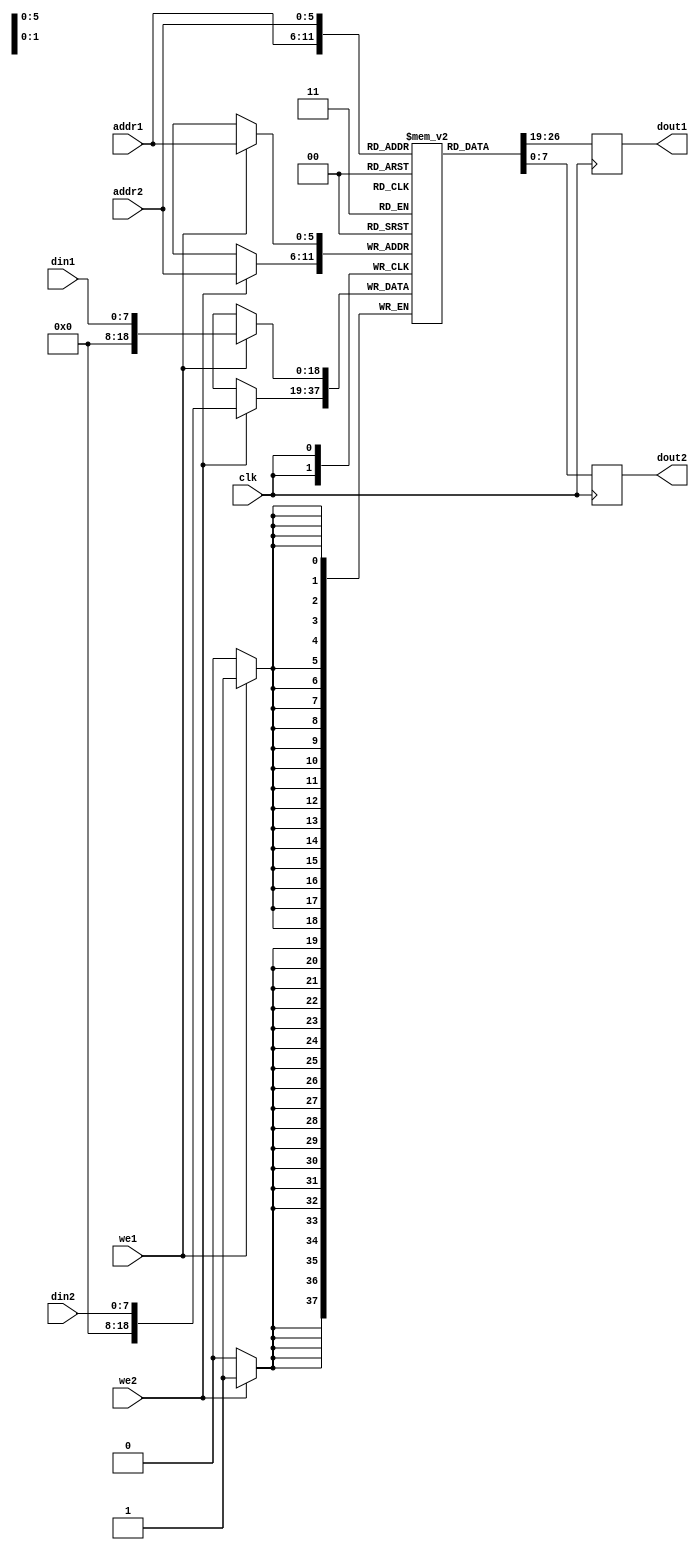
module dual_port1_RAM
#(
    parameter file = "", parameter size = 8
)
(
    input wire clk,
    input wire we1, we2,
    input wire [5:0] addr1, addr2,
    input wire [size-1:0] din1, din2,
    output reg signed [size-1:0] dout1, dout2
);

reg signed [18:0] mem[63:0];

always @(posedge clk)
begin
    if (we1 == 1) begin
        mem[addr1] <= din1;
	 end
	 dout1 <= mem[addr1];
	 
	 if (we2 == 1) begin
        mem[addr2] <= din2;
	 end
	 dout2 <= mem[addr2];
end

initial
begin
	if (file != "")
		begin
			$readmemb(file, mem);
		end
end

endmodule